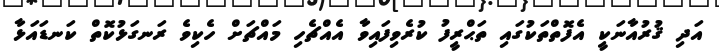
އަދި ޤުރުއާނަކީ އެފޮތްތަކުގައި ތަޙްރީފު ކުރެވިފައިވާ އެއްޗެހި މައްޗަށް ހެކިވެ ރަނގަޅުކޮތް ކަނޑައަޅާ